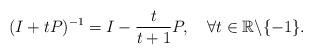
LaTeX: \begin{align*}(I+t P)^{-1} = I-\frac{t}{t+1} P,\quad\forall t\in\mathbb{R}\backslash\{-1\}.\end{align*}